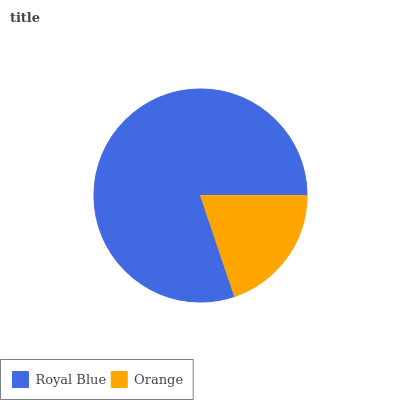
| Royal Blue | Orange |
 | --- | --- |
 | 80.1% | 19.9% |